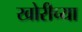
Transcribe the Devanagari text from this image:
खोरीच्या